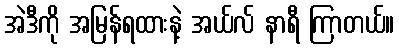
အဲဒီကို အမြန်ရထားနဲ့ အယ်လ် နာရီ ကြာတယ်။